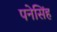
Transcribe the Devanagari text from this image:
पनेसिंह